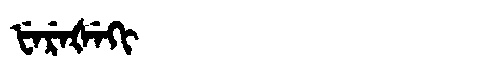
Manchu: ᡶᡝᡵᡝᡧᡝᡴᡳ
Romanization: FEREŠEKI